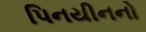
પિનયીનનો